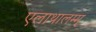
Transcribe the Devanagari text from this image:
एलाथालम्म्